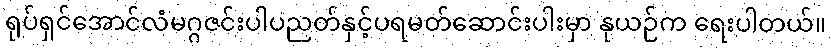
ရုပ်ရှင်အောင်လံမဂ္ဂဇင်းပါပညတ်နှင့်ပရမတ်ဆောင်းပါးမှာ နုယဉ်က ရေးပါတယ်။